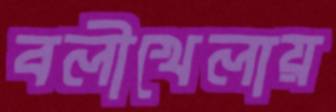
বলীখেলায়